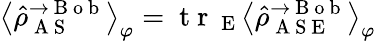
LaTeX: \left\langle\hat{\rho}_{\mathrm{~A~S~}}^{\rightarrow\mathrm{~B~o~b~}}\right\rangle_{\varphi}=\mathrm{~t~r~}_{\mathrm{~E~}}\left\langle\hat{\rho}_{\mathrm{~A~S~E~}}^{\rightarrow\mathrm{~B~o~b~}}\right\rangle_{\varphi}